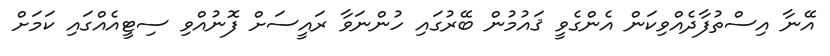
އޭނާ އިސްތުފާދެއްވިކަން އެންގެވީ ޤައުމުން ބޭރުގައި ހުންނަވާ ރައީސަށް ފޮނުއްވި ސިޓީއެއްގައި ކަމަށް